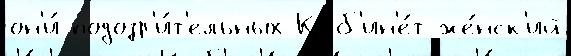
он'и́ подозр'и́т'ельных Каб'ин'е́т же́нск'ий